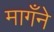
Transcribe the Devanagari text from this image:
मागँने